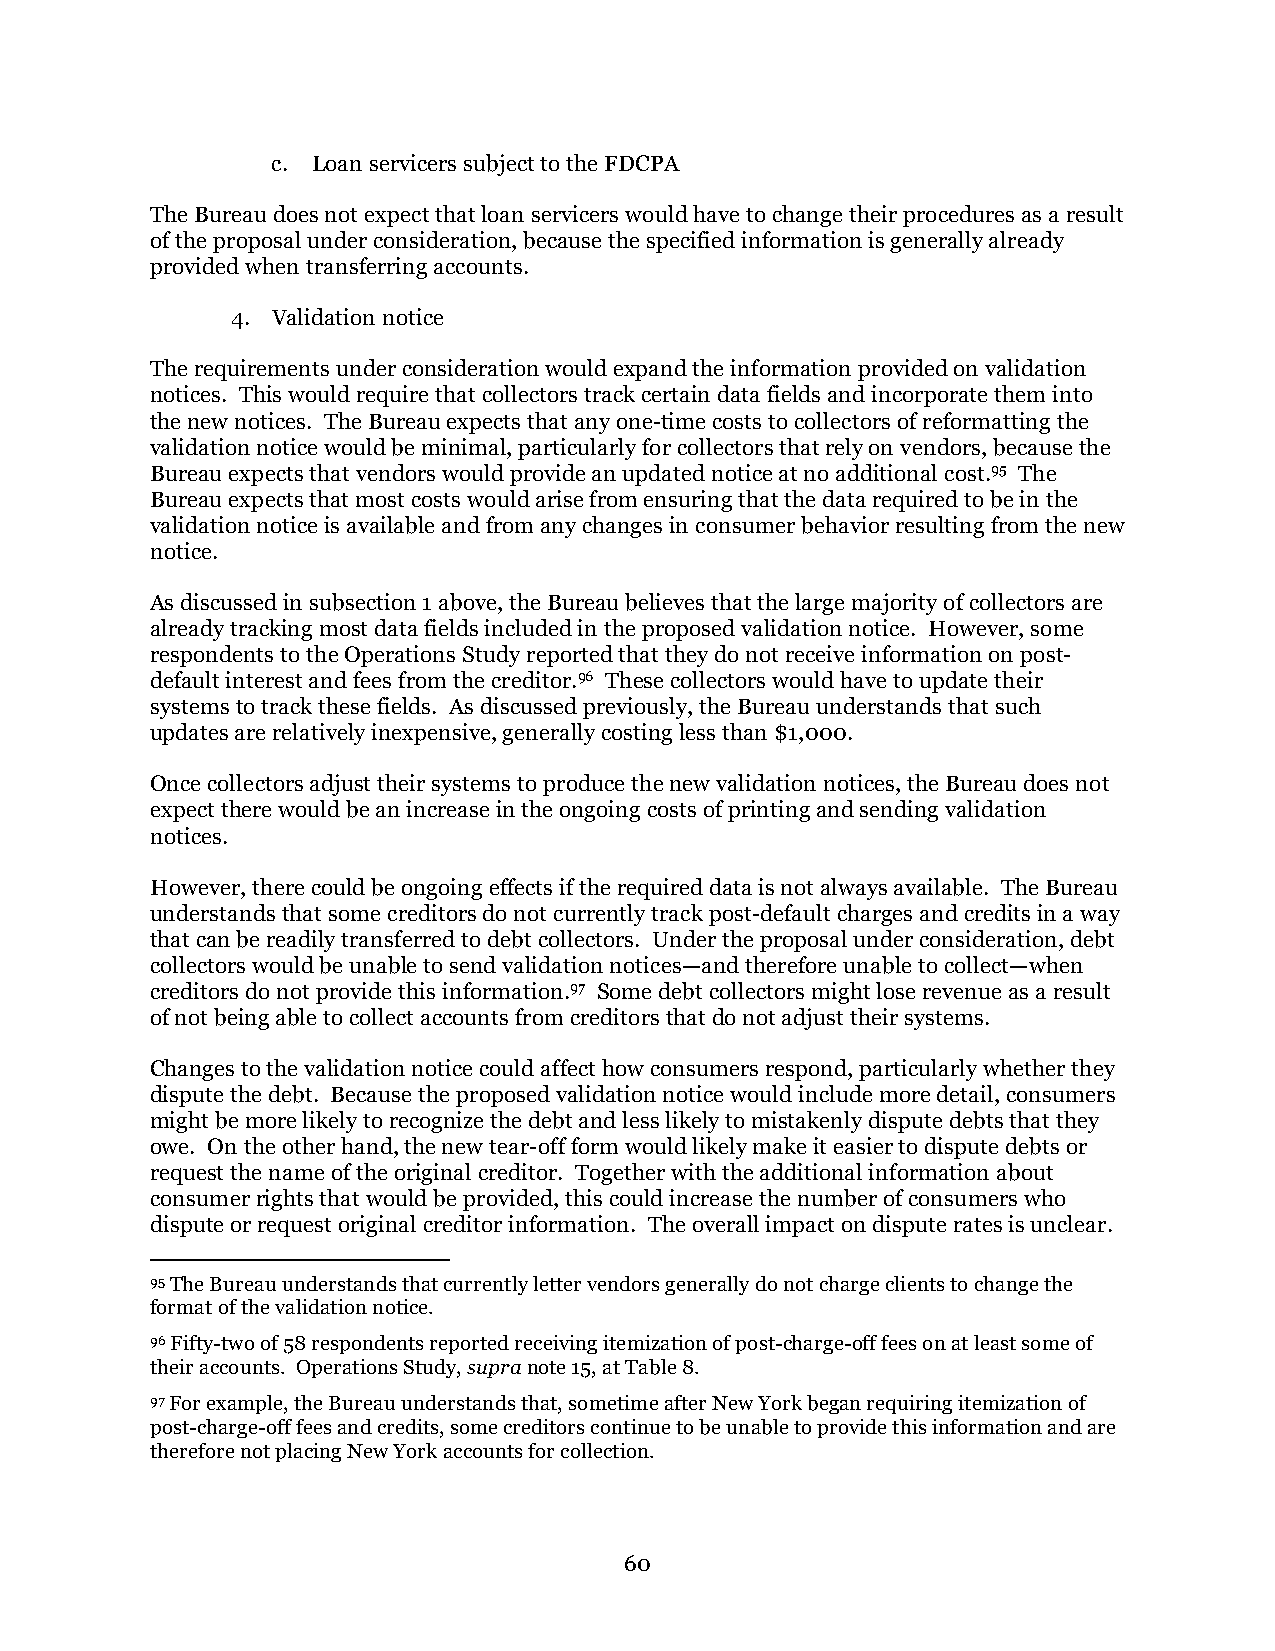
c. Loan servicers subject to the FDCPA
 The Bureau does not expect that loan servicers would have to change their procedures as a result
 of the proposal under consideration, because the specified information is generally already
 provided when transferring accounts.
 4. Validation notice
 The requirements under consideration would expand the information provided on validation
 notices. This would require that collectors track certain data fields and incorporate them into
 the new notices. The Bureau expects that any one-time costs to collectors of reformatting the
 validation notice would be minimal, particularly for collectors that rely on vendors, because the
 Bureau expects that vendors would provide an updated notice at no additional cost.95 The
 Bureau expects that most costs would arise from ensuring that the data required to be in the
 validation notice is available and from any changes in consumer behavior resulting from the new
 notice.
 As discussed in subsection 1 above, the Bureau believes that the large majority of collectors are
 already tracking most data fields included in the proposed validation notice. However, some
 respondents to the Operations Study reported that they do not receive information on post-
 default interest and fees from the creditor.96 These collectors would have to update their
 systems to track these fields. As discussed previously, the Bureau understands that such
 updates are relatively inexpensive, generally costing less than $1,000.
 Once collectors adjust their systems to produce the new validation notices, the Bureau does not
 expect there would be an increase in the ongoing costs of printing and sending validation
 notices.
 However, there could be ongoing effects if the required data is not always available. The Bureau
 understands that some creditors do not currently track post-default charges and credits in a way
 that can be readily transferred to debt collectors. Under the proposal under consideration, debt
 collectors would be unable to send validation notices—and therefore unable to collect—when
 creditors do not provide this information.97 Some debt collectors might lose revenue as a result
 of not being able to collect accounts from creditors that do not adjust their systems.
 Changes to the validation notice could affect how consumers respond, particularly whether they
 dispute the debt. Because the proposed validation notice would include more detail, consumers
 might be more likely to recognize the debt and less likely to mistakenly dispute debts that they
 owe. On the other hand, the new tear-off form would likely make it easier to dispute debts or
 request the name of the original creditor. Together with the additional information about
 consumer rights that would be provided, this could increase the number of consumers who
 dispute or request original creditor information. The overall impact on dispute rates is unclear.
 95 The Bureau understands that currently letter vendors generally do not charge clients to change the
 format of the validation notice.
 96 Fifty-two of 58 respondents reported receiving itemization of post-charge-off fees on at least some of
 their accounts. Operations Study, supra note 15, at Table 8.
 97 For example, the Bureau understands that, sometime after New York began requiring itemization of
 post-charge-off fees and credits, some creditors continue to be unable to provide this information and are
 therefore not placing New York accounts for collection.
 60